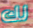
لك